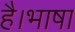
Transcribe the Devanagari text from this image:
है।भाषा